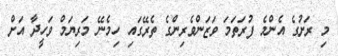
މި ރަށުގެ އެންމެ ފުރަތަމަ ވަޒަންވެރިންގެ ތެރޭގައި ހިމެނޭ މަރިޔަމް ވަހީދާ އަށް